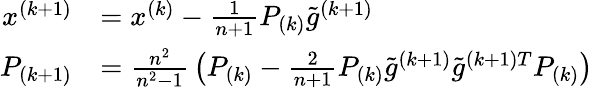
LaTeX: {\begin{array}{rl}{x^{(k+1)}}&{=x^{(k)}-{\frac{1}{n+1}}P_{(k)}{\tilde{g}}^{(k+1)}}\\ {P_{(k+1)}}&{={\frac{n^{2}}{n^{2}-1}}\left(P_{(k)}-{\frac{2}{n+1}}P_{(k)}{\tilde{g}}^{(k+1)}{\tilde{g}}^{(k+1)T}P_{(k)}\right)}\end{array}}